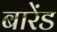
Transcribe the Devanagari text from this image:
बारेंड